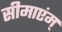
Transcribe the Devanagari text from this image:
सीमाएंम्